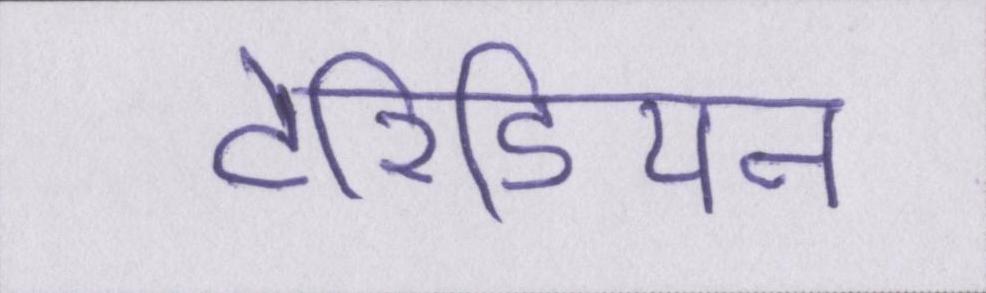
टेरिडियन